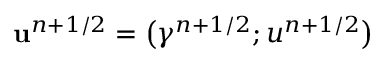
\mathbf { u } ^ { n + 1 / 2 } = \bigl ( \gamma ^ { n + 1 / 2 } ; u ^ { n + 1 / 2 } \bigr )